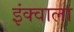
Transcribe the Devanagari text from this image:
इंक्वाला